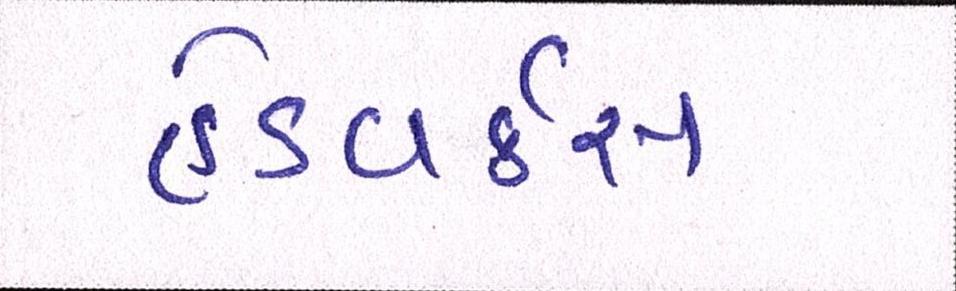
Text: હેડવર્કસ